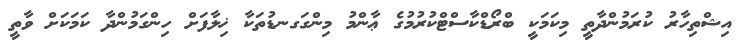
އިޝްތިހާރު ކުރަމުންދާތީ މިކަމަކީ ބްރޯޑްކާސްޓްކުރުމުގެ ޢާންމު މިންގަގނޑުތަކާ ޚިލާފަށް ހިންގަމުންދާ ކަމަކަށް ވާތީ